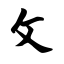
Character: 攵